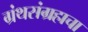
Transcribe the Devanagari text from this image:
ग्रंथसंग्रहाचा